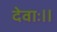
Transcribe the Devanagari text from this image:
देवाः॥